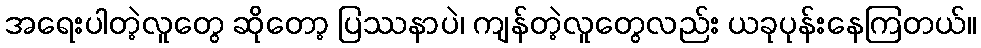
အရေးပါတဲ့လူတွေ ဆိုတော့ ပြဿနာပဲ၊ ကျန်တဲ့လူတွေလည်း ယခုပုန်းနေကြတယ်။